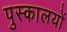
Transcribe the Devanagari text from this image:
पुस्कालयों